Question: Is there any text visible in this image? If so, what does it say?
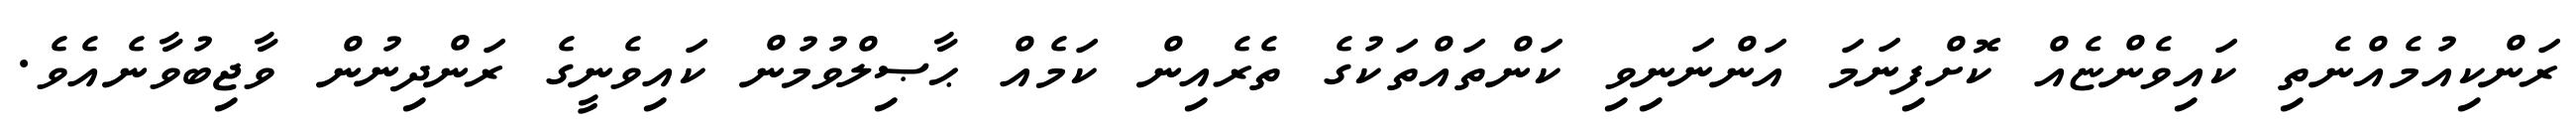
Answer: ރަންކިއުމެއްނެތި ކައިވެންޏެއް ކޮށްފިނަމަ އަންނަނިވި ކަންތައްތަކުގެ ތެރެއިން ކަމެއް ޙާޞިލްވުމުން ކައިވެނީގެ ރަންދިނުން ވާޖިބުވާނެއެވެ.